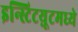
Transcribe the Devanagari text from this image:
इन्स्टिटय़ूटमध्ये